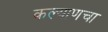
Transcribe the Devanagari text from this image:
कल्याणचा